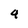
Character: 4